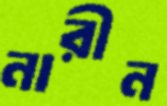
নারীন